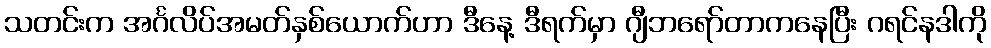
သတင်းက အင်္ဂလိပ်အမတ်နှစ်ယောက်ဟာ ဒီနေ့ ဒီရက်မှာ ဂျီဘရော်တာကနေပြီး ဂရင်နဒါကို